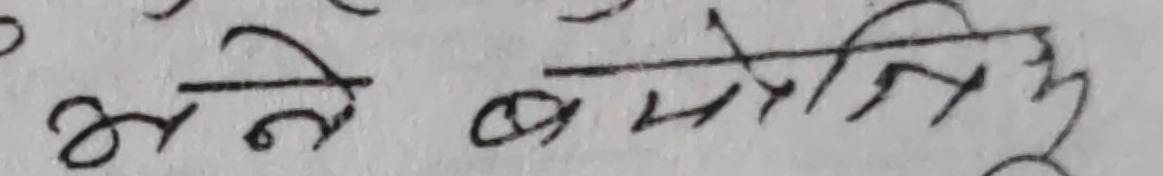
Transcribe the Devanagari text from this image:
अने बमोजिम